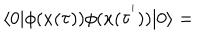
\langle 0 | \phi ( x ( \tau ) ) \phi ( x ( \tau ^ { ' } ) ) | 0 \rangle =